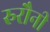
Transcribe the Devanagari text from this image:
रुरौनी